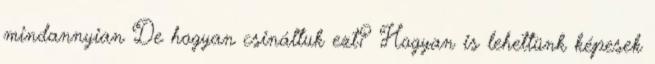
mindannyian De hogyan csináltuk ezt? Hogyan is lehettünk képesek